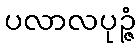
ပလာလပုဉ္ဇံ